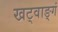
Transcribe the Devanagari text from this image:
खट्वाङ्गं